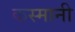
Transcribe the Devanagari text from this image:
कस्मानी